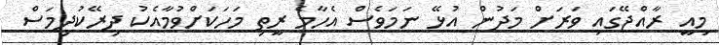
މިއީ ރާއްޖޭގައި ވަރަށް މަދުން އުޅޭ ނަމަވެސް އެހާމެ ރީތި މަހަކަށްވުމާއެކު ދިރޭކުދިމަސް